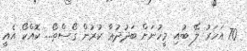
70 އަހަރު ލޭ ބުއި މީހުނަށް ބަދުދުޢާ ކުރުން ގޯސްތޯ... ކޮއްކޯ އެއީ